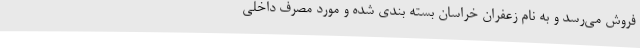
فروش می‌رسد و به نام زعفران خراسان بسته بندی شده و مورد مصرف داخلی